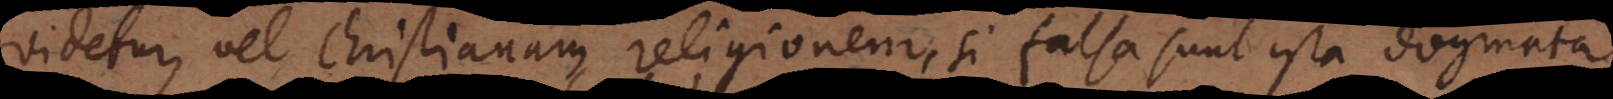
videtur, vel Christianam religionem, si falsa sunt ista dogma